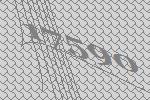
17590